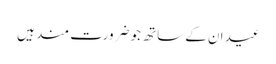
عید ان کے ساتھ جو ضرورت مند ہیں